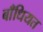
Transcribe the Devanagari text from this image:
बाँधियत